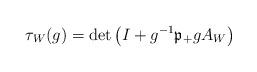
LaTeX: \begin{align*}\tau_{W}(g)=\det\left( I+g^{-1}\mathfrak{p}_{+}gA_{W}\right) \end{align*}